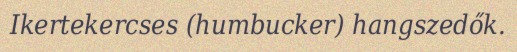
Ikertekercses (humbucker) hangszedők.